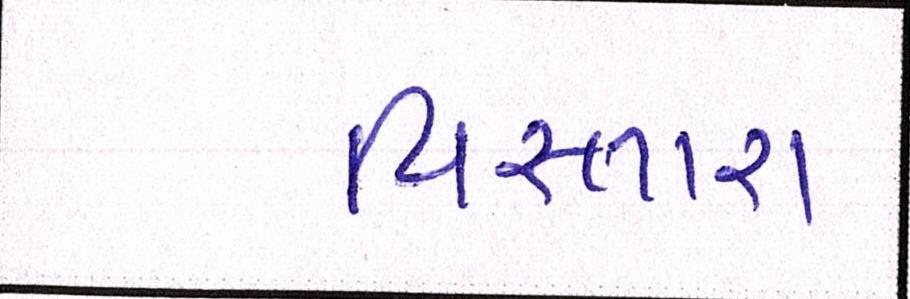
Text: વિસ્તારા